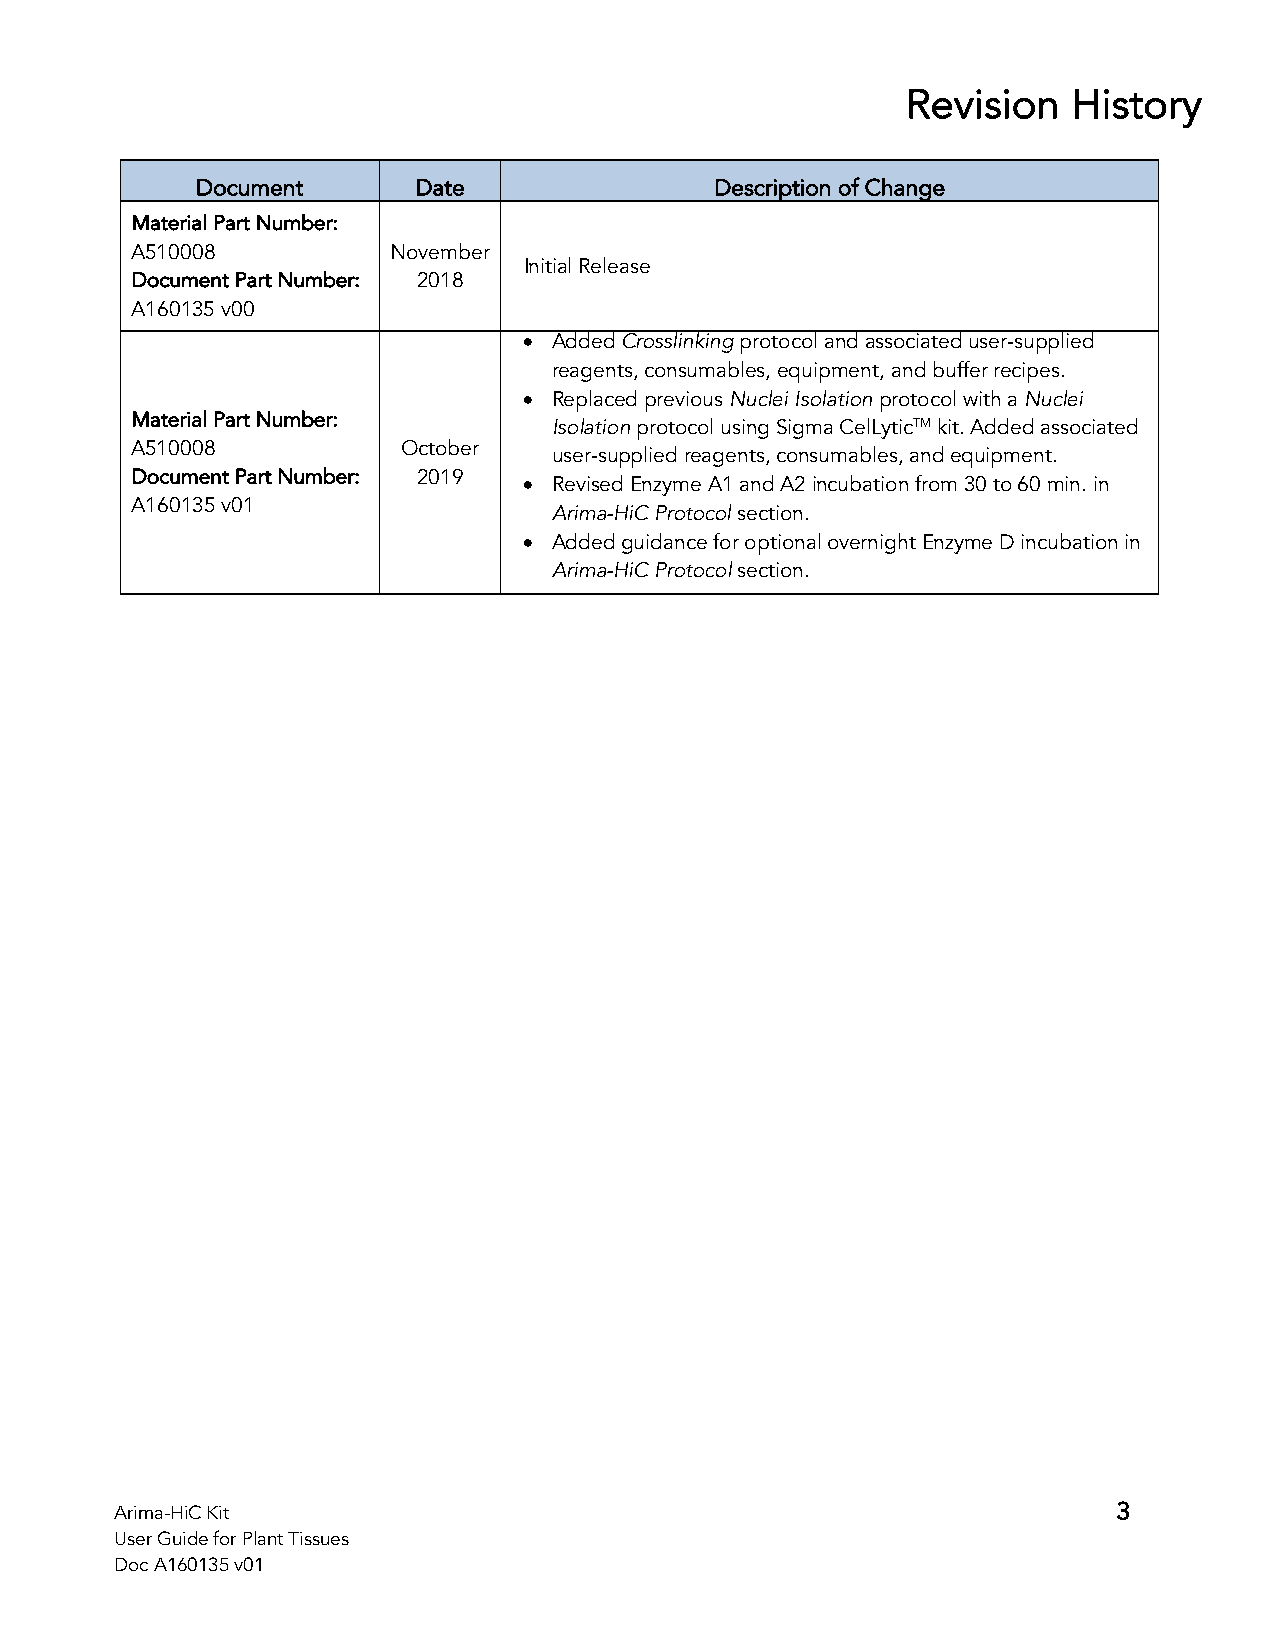
Revision   History
 Document       Date               Description of Change
 Material Part Number:
 A510008          November
 Initial Release
 Document Part Number: 2018
 A160135 v00
 • Added Crosslinking protocol and associated user-supplied
 reagents, consumables, equipment, and buffer recipes.
 • Replaced previous Nuclei Isolation protocol with a Nuclei
 Material Part Number:       Isolation protocol using Sigma CelLyticTM kit. Added associated
 A510008           October
 user-supplied reagents, consumables, and equipment.
 Document Part Number: 2019 • Revised Enzyme A1 and A2 incubation from 30 to 60 min. in
 A160135 v01
 Arima-HiC Protocol section.
 • Added guidance for optional overnight Enzyme D incubation in
 Arima-HiC Protocol section.
 Arima-HiC Kit                                                     3
 User Guide for Plant Tissues
 Doc A160135 v01